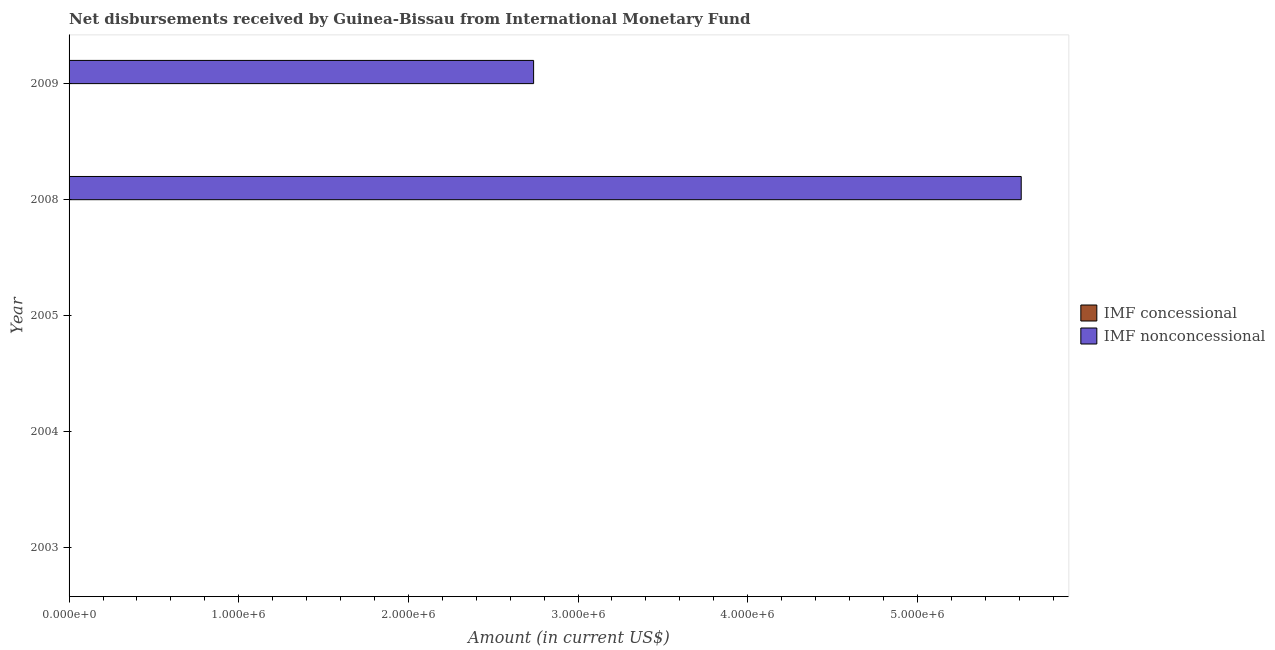
| Year | IMF concessional | IMF nonconcessional |
 | --- | --- | --- |
 | 2003 | -2.61e+06 | -2.24e+06 |
 | 2004 | -3.11e+06 | -2.24e+06 |
 | 2005 | -2.87e+06 | -2.63e+05 |
 | 2008 | -1.98e+06 | 5.61e+06 |
 | 2009 | -1.57e+06 | 2.74e+06 |